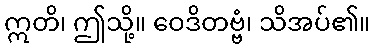
ဣတိ၊ ဤသို့။ ဝေဒိတဗ္ဗံ၊ သိအပ်၏။